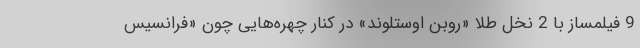
9 فیلمساز با 2 نخل طلا «روبن اوستلوند» در کنار چهره‌هایی چون «فرانسیس